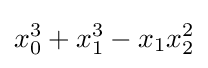
x_{0}^{3}+x_{1}^{3}-x_{1}x_{2}^{2}